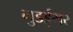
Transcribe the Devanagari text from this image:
गुडईयर